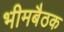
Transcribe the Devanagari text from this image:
भीमबैठक